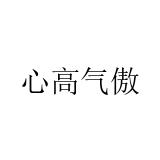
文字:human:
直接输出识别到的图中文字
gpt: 心高气傲